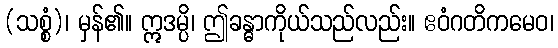
(သစ္စံ)၊ မှန်၏။ ဣဒမ္ပိ၊ ဤခန္ဓာကိုယ်သည်လည်း။ ဧဝံဂတိကမေဝ၊